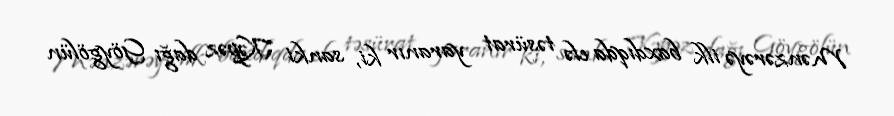
Mənzərəyə ilk baxdıqda elə təsürat yaranır ki, sanki Kəpəz dağı Göygölün